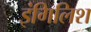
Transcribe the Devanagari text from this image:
इंगिलिश